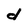
Character: d